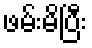
ဖမ်းမိပြီး